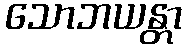
သောဘယန္တာ